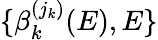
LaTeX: \{ \beta_{k}^{(j_{k})}(E),E\}